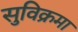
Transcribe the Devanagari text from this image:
सुविक्रमा